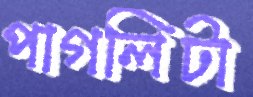
পাগলিটা